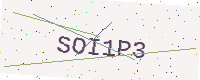
Text: SOI1P3